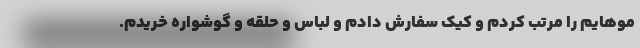
موهایم را مرتب کردم و کیک سفارش دادم و لباس و حلقه و گوشواره خریدم.